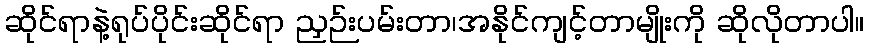
ဆိုင်ရာနဲ့ရုပ်ပိုင်းဆိုင်ရာ ညှဉ်းပမ်းတာ၊အနိုင်ကျင့်တာမျိုးကို ဆိုလိုတာပါ။